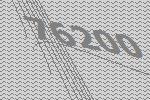
76200